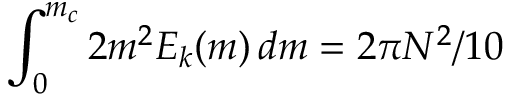
\int _ { 0 } ^ { m _ { c } } 2 m ^ { 2 } E _ { k } ( m ) \, d m = 2 \pi N ^ { 2 } / 1 0